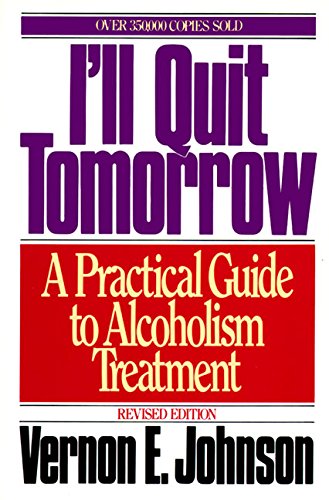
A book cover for I'll Quit Tomorrow: A Practical Guide to Alcoholism Treatment; Vernon E. Johnson; Health, Fitness & Dieting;